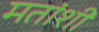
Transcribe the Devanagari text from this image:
मतांशी